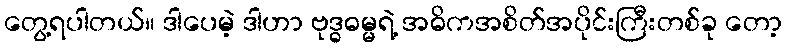
တွေ့ရပါတယ်။ ဒါပေမဲ့ ဒါဟာ ဗုဒ္ဓဓမ္မရဲ့ အဓိကအစိတ်အပိုင်းကြီးတစ်ခု တော့